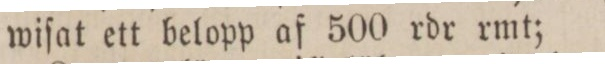
wiſat ett belopp af 500 rdr rmt;